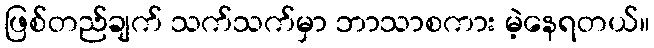
ဖြစ်တည်ချက် သက်သက်မှာ ဘာသာစကား မဲ့နေရတယ်။